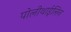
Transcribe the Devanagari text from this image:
पोलीथाईलिन